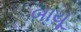
બાયૂ